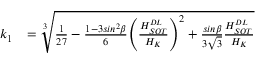
\begin{array} { l l } { k _ { 1 } } & { = \sqrt [ 3 ] { \frac { 1 } { 2 7 } - \frac { 1 - 3 s i n ^ { 2 } \beta } { 6 } { \left( \frac { H _ { S O T } ^ { D L } } { H _ { K } } \right) } ^ { 2 } + \frac { s i n \beta } { 3 \sqrt { 3 } } \frac { H _ { S O T } ^ { D L } } { H _ { K } } } } \end{array}